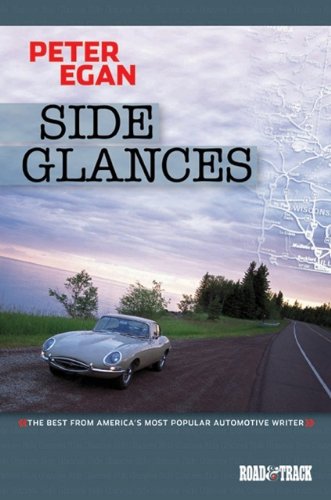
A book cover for Side Glances: The Best from America's Most Popular Automotive Writer; Peter Egan; Sports & Outdoors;